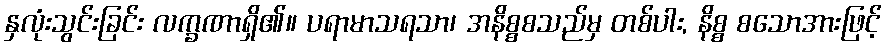
နှလုံးသွင်းခြင်း လက္ခဏာရှိ၏။ ပရာမာသရသာ၊ အနိစ္စစသည်မှ တစ်ပါး, နိစ္စ စသောအားဖြင့်